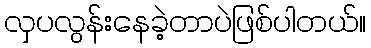
လှပလွန်းနေခဲ့တာပဲဖြစ်ပါတယ်။